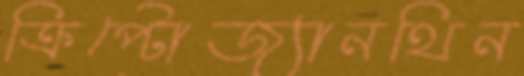
ক্রিপ্টোজ্যানথিন